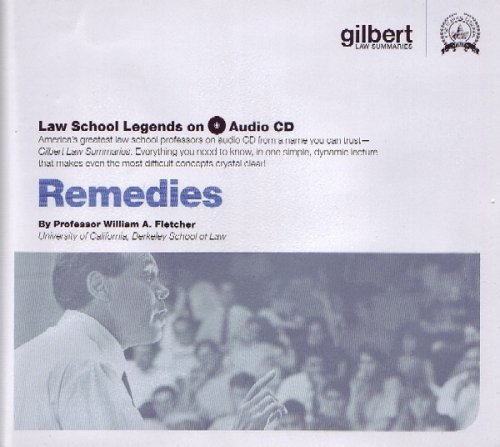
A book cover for Remedies (Law School Legends Audio Series); William Fletcher; Law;